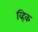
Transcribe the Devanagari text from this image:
व्हिक